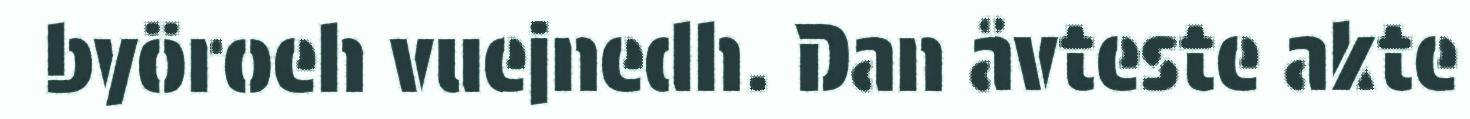
byöroeh vuejnedh. Dan åvteste akte